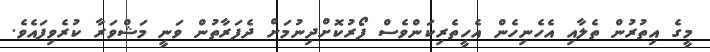
މީގެ އިތުރުން ތެލާއި އެހެނިހެން އެހީތެރިކަންވެސް ފޯރުކޮށްދިނުމަށް ދެފަރާތުން ވަނީ މަޝްވަރާ ކުރެވިފައެވެ.